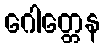
ဂေါတ္တေန